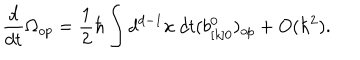
{ \frac { d } { d t } } \Omega _ { o p } = { \frac { 1 } { 2 } } \hbar \int d ^ { d - 1 } x \ d t ( b _ { [ k ] 0 } ^ { 0 } ) _ { o p } + O ( \hbar ^ { 2 } ) .